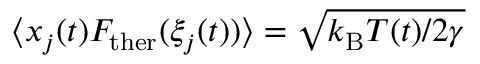
\langle x _ { j } ( t ) F _ { \mathrm { t h e r } } ( \xi _ { j } ( t ) ) \rangle = \sqrt { k _ { \mathrm { B } } T ( t ) / 2 \gamma }